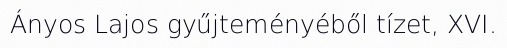
Ányos Lajos gyűjteményéből tízet, XVI.